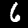
Digit: 6